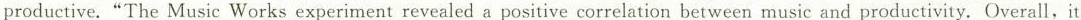
productive."The Music Works experiment revealed a positive correlation between music and productivity.Overall,it